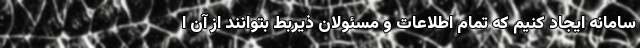
سامانه ایجاد کنیم که تمام اطلاعات و مسئولان ذیربط بتوانند از آن ا